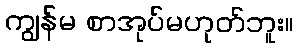
ကျွန်မ စာအုပ်မဟုတ်ဘူး။